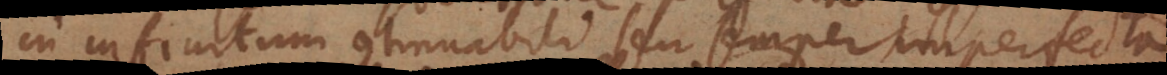
in infinitum continuabili seu semper imperfecta.